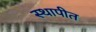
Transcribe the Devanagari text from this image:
स्‍थापीत